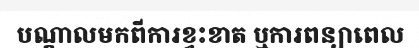
បណ្តាលមកពីការខ្វះខាត ឬការពន្យាពេល